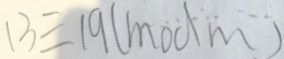
1 3 \equiv 1 9 ( m o d m )